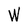
Character: W